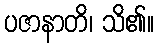
ပဇာနာတိ၊ သိ၏။